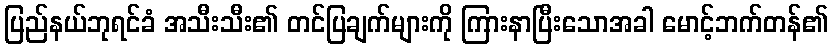
ပြည်နယ်ဘုရင်ခံ အသီးသီး၏ တင်ပြချက်များကို ကြားနာပြီးသောအခါ မောင့်ဘက်တန်၏